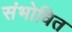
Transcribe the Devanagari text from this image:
संभोधित